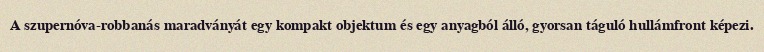
A szupernóva-robbanás maradványát egy kompakt objektum és egy anyagból álló, gyorsan táguló hullámfront képezi.